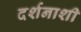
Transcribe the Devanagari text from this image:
दर्शनाशी